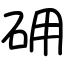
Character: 砽